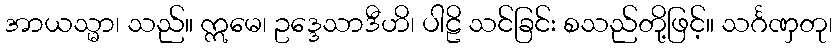
အာယသ္မာ၊ သည်။ ဣမေ၊ ဥဒ္ဒေသာဒီဟိ၊ ပါဠိ သင်ခြင်း စသည်တို့ဖြင့်။ သင်္ဂဏှတု၊